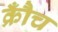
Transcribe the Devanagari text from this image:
क्रौँच